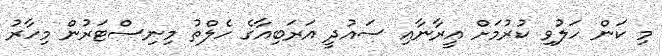
މި ކަން ހަލުވި ކުރުމަށް އީރާނާއި ސައުދީ އަރަބިއާގެ ހެލްތު މިނިސްޓަރުން މިހާރު